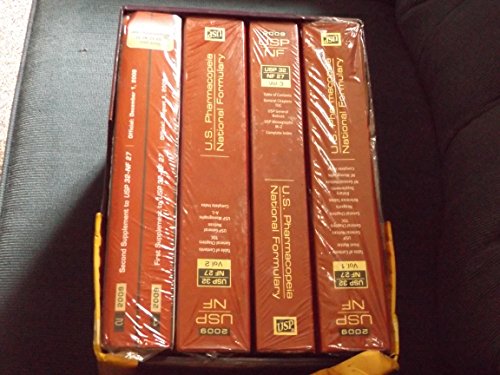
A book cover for USP NF 2009 (United States Pharmacopeia/National Formulary); Medical Books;